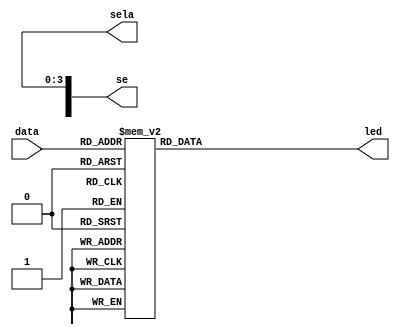
module intro1 (
  input [3:0] data,
  output [7:0] se,
  output reg [3:0] sela,
  output reg [7:0] led );
  
  always@(data)
  begin
    sela <= se;

  
  case(data) 
    4'b0000 : led = 8'b0111_1110;
	 4'b0001 : led = 8'b0011_0000;
	 4'b0010 : led = 8'b0110_1101;
	 4'b0011 : led = 8'b0111_1001; 
	 4'b0100 : led = 8'b0011_0011;
	 4'b0101 : led = 8'b0101_1011;
	 4'b0110 : led = 8'b0101_1111;
	 4'b0111 : led = 8'b0111_0010;	 
	 4'b1000 : led = 8'b0111_1111;
	 4'b1001 : led = 8'b0111_0011;
	 4'b1010 : led = 8'b0111_0111;
	 4'b1011 : led = 8'b0001_1111;	 
	 4'b1100 : led = 8'b0100_1110;
	 4'b1101 : led = 8'b0011_1101;
	 4'b1110 : led = 8'b0100_1111;
	 4'b1111 : led = 8'b0100_0111;
	 default : led = 8'b0000_0000;
	 endcase

	 end
endmodule